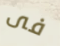
فى